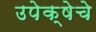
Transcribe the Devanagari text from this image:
उपेक्षेचे